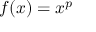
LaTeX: f ( x ) = x ^ { p }